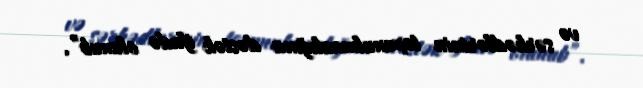
və sərhədlərinin toxunulmazlığına dəstək ifadə olunub”.